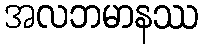
အလဘမာနဿ